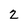
Character: 2